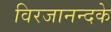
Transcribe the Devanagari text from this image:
विरजानन्दके